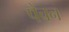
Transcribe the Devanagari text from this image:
पैचन